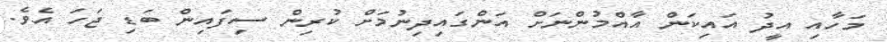
މަހާއި އީދު އައިކަން އާއްމުންނަށް އަންގައިދިނުމަށް ކުރިން ސިފައިން ބަޑި ޖަހަ އެވެ.